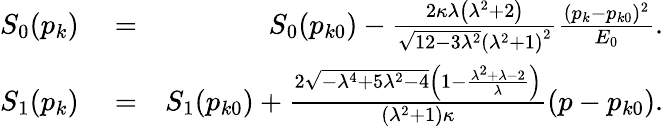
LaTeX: \begin{array}{rlr}{S_{0}(p_{k})}&{{}=}&{S_{0}(p_{k0})-\frac{2\kappa\lambda\left(\lambda^{2}+2\right)}{\sqrt{12-3\lambda^{2}}\left(\lambda^{2}+1\right)^{2}}\frac{(p_{k}-p_{k0})^{2}}{E_{0}}.}\\ {S_{1}(p_{k})}&{{}=}&{S_{1}(p_{k0})+\frac{2\sqrt{-\lambda^{4}+5\lambda^{2}-4}\left(1-\frac{\lambda^{2}+\lambda-2}{\lambda}\right)}{(\lambda^{2}+1)\kappa}(p-p_{k0}).}\end{array}